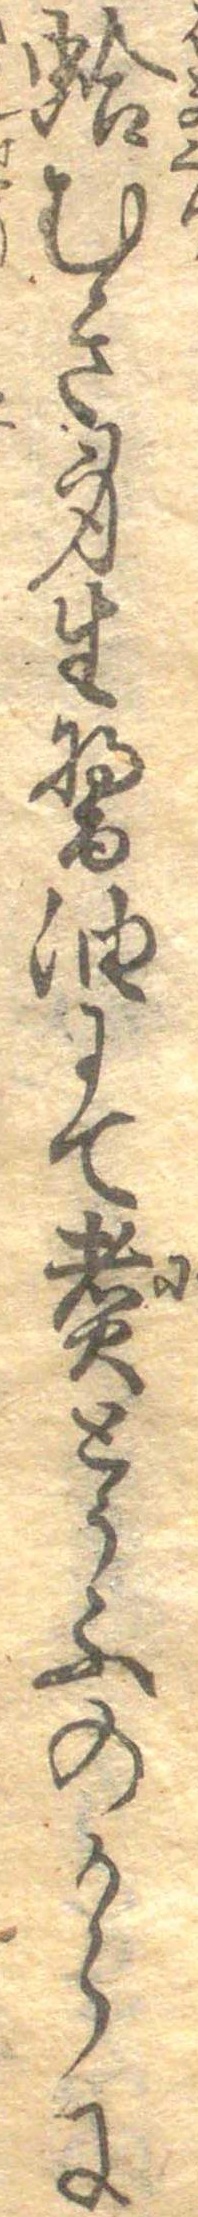
蛤むき身生醤油にて煮とうふのからに